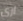
ارى